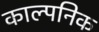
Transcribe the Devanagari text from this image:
काल्‍पनिक